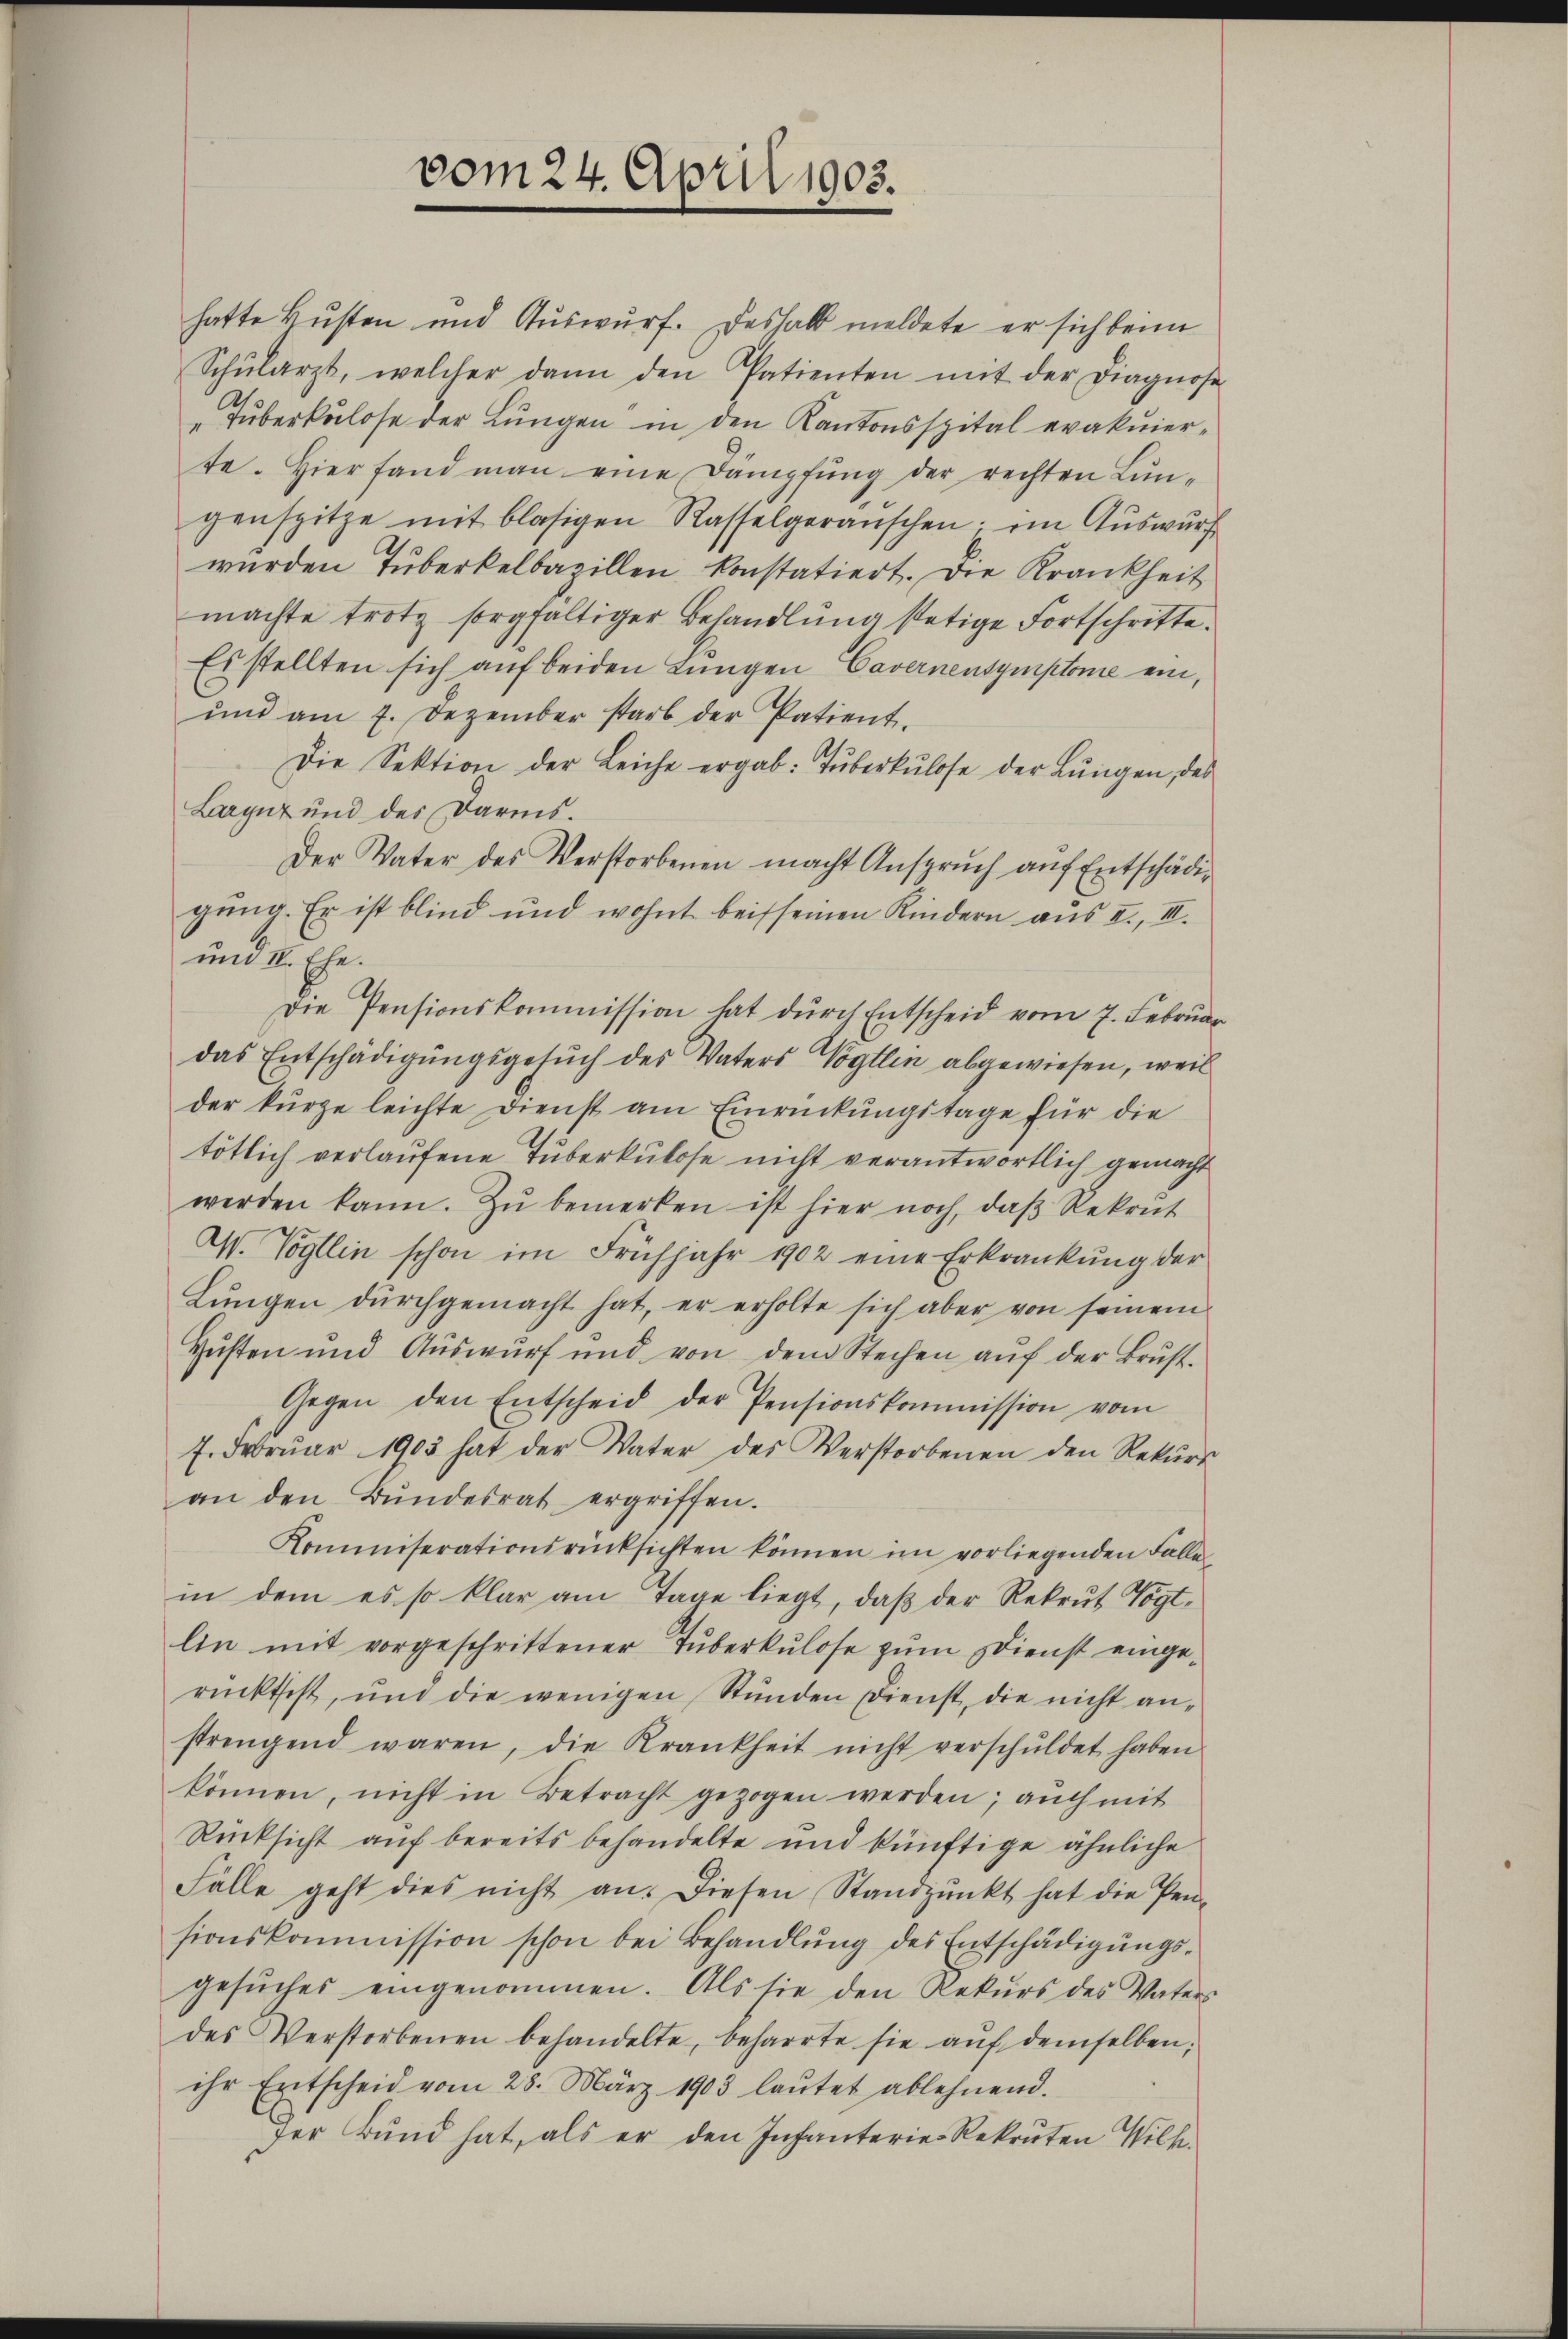
vom 24. April 1903.

hatte Husten und Auswurf. Deshalb meldete er sich beim
Schŭlarzt, welcher dann den Patienten mit der Diagnose
„Tuberkulose der Lungen in den Kantonsspital evakuierte. Hier fand man eine Dämpfŭng der rechten Lungenspitze mit blasigen Rasselgeräuschen; im Auswurf
wurden Tuberkelbazillen konstatiert. Die Krankheit
machte trotz sorgfaltiger Behandlung stetige Fortschritte
Es stellten sich auf beiden Lungen Cavernensymptome ein,
ŭnd am 7. Dezember starb der Patient.
Die Sektion der Leiche ergab: Tŭberkulose der Lungen, des
Larynz und des Darms¬
Der Vater des Verstorbenen macht Anspruch auf Entschädigung. Er ist blind und wohnt bei seinen Kindern aus I., III.
und II. Ehe.
Die Pensionskommission hat durch Entscheid vom 7. Februar
das Entschädigungsgesuch des Vaters Vogtlin abgewiesen, weil
der kürze leichte Dienst am Einrückungstage für die
tötlich verlaufene Tuberkulose nicht verantwortlich gemacht
werden kann. Zu bemerken ist hier noch, daβ Rekrut
W. Vogtlin schon im Frühjahr 1902 eine Erkrankŭng der
Lŭngen dŭrchgemacht hat, er erholte sich aber von seinem
Husten und Aŭswŭrf und von dem Stechen aŭf der Brust-
Gegen den Entscheid der Pensionskommission vom
f. Febrŭar 1903 hat der Vater des Verstorbenen den Rekŭrs
an den Bŭndesrat ergriffen.
Kommiserationsrücksichten können im vorliegenden Falle
in dem es so klar am Tage liegt, daβ der Rekrut Vogt-
lin mit vorgeschrittener Tuberkulose zum Dienst einge-
rücktest, und die wenigen Stunden Dienst, die nicht an-
strengend waren, die Krankheit nicht verschŭldet haben
können, nicht in Betracht gezogen werden; auch mit
Rücksicht auf bereits behandelte und künftige ähnliche
Fälle geht dies nicht an. Diesen Standpŭnkt hat die Pen-
sionskommission schon bei Behandlung des Entschädigungsgesŭches eingenommen. Als sie den Rekŭrs des Vaters
des Verstorbenen behandelte, beharrte sie aŭf demselben,
ihr Entscheid vom 28. März 1903 laŭtet ablehnend.
der Bund hat, als er den Infanterie Rekruten Wilh